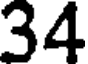
34